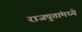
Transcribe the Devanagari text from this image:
राजपुतांमध्ये